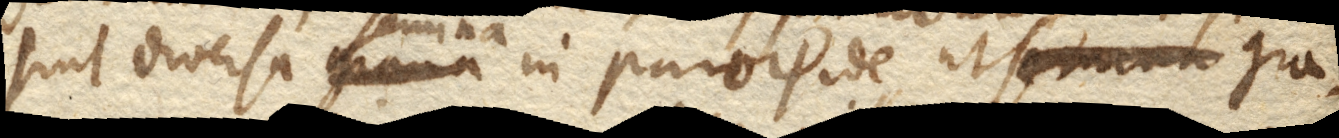
sint diversa grana in paroψde, ut semina semina in paroψde, ut gra–